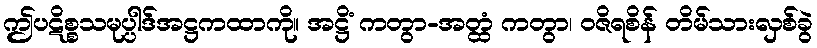
ဤပဋိစ္စသမုပ္ပါဒ်အဋ္ဌကထာကို။ အဋ္ဌိံ ကတွာ-အတ္ထံ ကတွာ၊ ဝဇိရစိန် တိမ်သားလှစ်ခွဲ